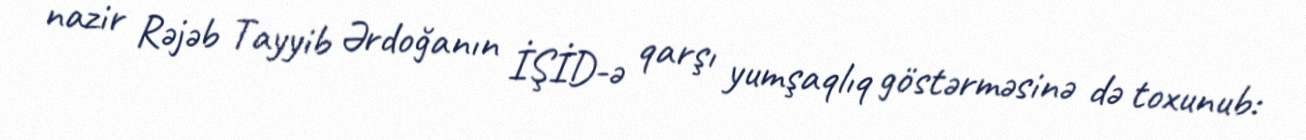
nazir Rəjəb Tayyib Ərdoğanın İŞİD-ə qarşı yumşaqlıq göstərməsinə də toxunub: